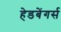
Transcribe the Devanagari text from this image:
हेडबेंगर्स